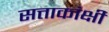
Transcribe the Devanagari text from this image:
सत्ताकांक्षी